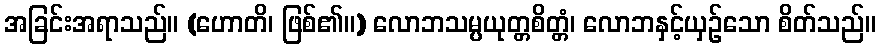
အခြင်းအရာသည်။ (ဟောတိ၊ ဖြစ်၏။) လောဘသမ္ပယုတ္တစိတ္တံ၊ လောဘနှင့်ယှဉ်သော စိတ်သည်။